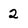
Character: 2